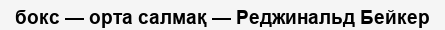
бокс — орта салмақ — Реджинальд Бейкер